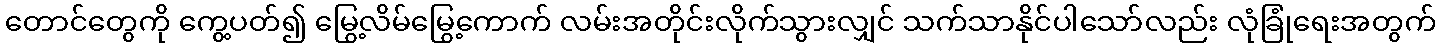
တောင်တွေကို ကွေ့ပတ်၍ မြွေ့လိမ်မြွေ့ကောက် လမ်းအတိုင်းလိုက်သွားလျှင် သက်သာနိုင်ပါသော်လည်း လုံခြုံရေးအတွက်